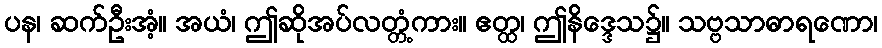
ပန၊ ဆက်ဦးအံ့။ အယံ၊ ဤဆိုအပ်လတ္တံ့ကား။ ဧတ္ထ၊ ဤနိဒ္ဒေသ၌။ သဗ္ဗသာဓာရဏော၊